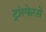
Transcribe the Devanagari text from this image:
ट्रांस्फेरसे